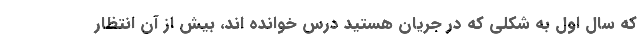
که سال اول به شکلی که در جریان هستید درس خوانده اند، بیش از آن انتظار